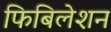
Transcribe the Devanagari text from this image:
फिबिलेशन